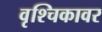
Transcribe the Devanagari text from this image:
वृश्चिकावर